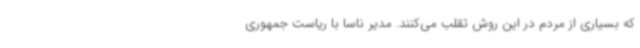
که بسیاری از مردم در این روش تقلب می‌کنند. مدیر ناسا با ریاست جمهوری